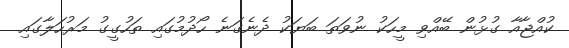
ކުއްޖާއާ ގުޅުން ބޭއްވި މީހަކު ނުވަތަ ބަޔަކު ދެނެގަނެ ހޯދުމުގައި ތަހުގީގު މަރުހަލާގައި